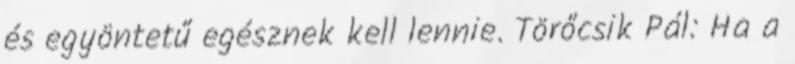
és egyöntetű egésznek kell lennie. Törőcsik Pál: Ha a